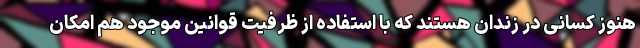
هنوز کسانی در زندان هستند که با استفاده از ظرفیت قوانین موجود هم امکان